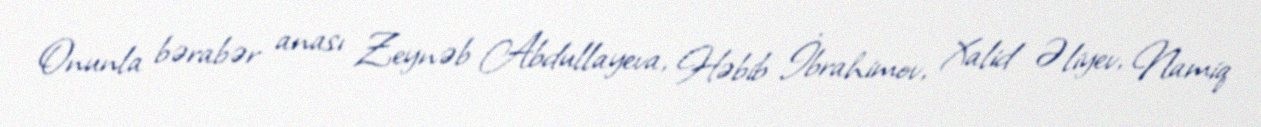
Onunla bərabər anası Zeynəb Abdullayeva, Həbib İbrahimov, Xalid Əliyev, Namiq